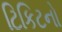
ટિકિટનો